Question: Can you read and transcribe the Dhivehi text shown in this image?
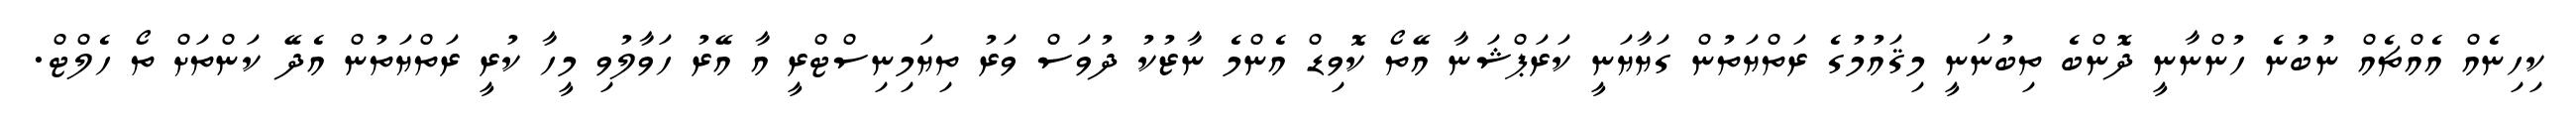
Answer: ކިހިނެއް އެއްޗެއް ނުބުނެ ހުންނާނީ ދޮންބެ ތިބުނަނީ މިޤައުމުގެ ރަތްޔަތުން ގަޔާޔަނީ ކަރަޕްޝަނާ އޭތޯ ކޮވިޑް އެންމެ ނާޒުކު ދުވަސް ވަރު ތިޔަމިނިސްޓްރީ އާ އޭރު ހަވާލުވި މީހާ ކުރީ ރަތްޔަތުން އެދޭ ކަންތަށް ތޯ ހެލްޓް.